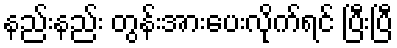
နည်းနည်း တွန်းအားပေးလိုက်ရင် ပြီးပြီ